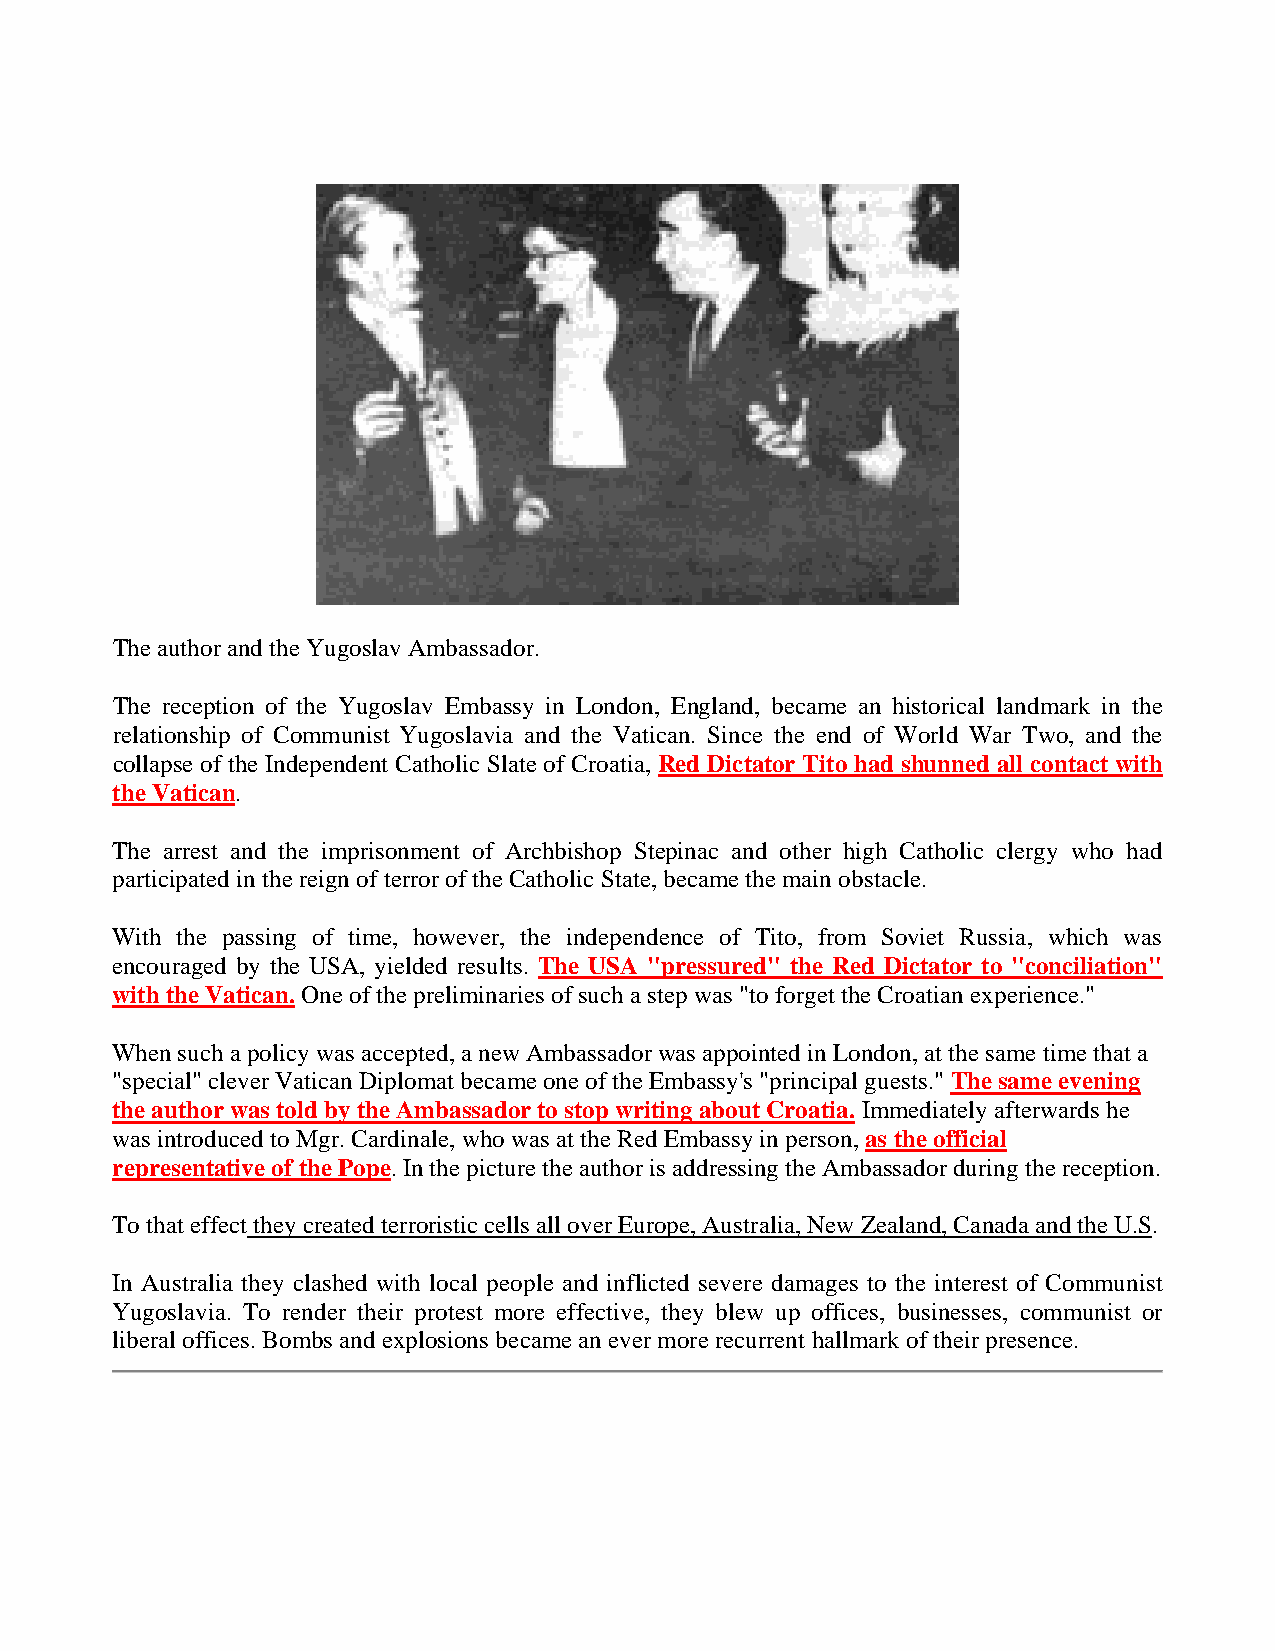
The author and the Yugoslav Ambassador.
 The reception of the Yugoslav Embassy in London, England, became an historical landmark in the
 relationship of Communist Yugoslavia and the Vatican. Since the end of World War Two, and the
 collapse of the Independent Catholic Slate of Croatia, Red Dictator Tito had shunned all contact with
 the Vatican.
 The arrest and the imprisonment of Archbishop Stepinac and other high Catholic clergy who had
 participated in the reign of terror of the Catholic State, became the main obstacle.
 With the passing of time, however, the independence of Tito, from Soviet Russia, which was
 encouraged by the USA, yielded results. The USA "pressured" the Red Dictator to "conciliation"
 with the Vatican. One of the preliminaries of such a step was "to forget the Croatian experience."
 When such a policy was accepted, a new Ambassador was appointed in London, at the same time that a
 "special" clever Vatican Diplomat became one of the Embassy's "principal guests." The same evening
 the author was told by the Ambassador to stop writing about Croatia. Immediately afterwards he
 was introduced to Mgr. Cardinale, who was at the Red Embassy in person, as the official
 representative of the Pope. In the picture the author is addressing the Ambassador during the reception.
 To that effect they created terroristic cells all over Europe, Australia, New Zealand, Canada and the U.S.
 In Australia they clashed with local people and inflicted severe damages to the interest of Communist
 Yugoslavia. To render their protest more effective, they blew up offices, businesses, communist or
 liberal offices. Bombs and explosions became an ever more recurrent hallmark of their presence.